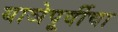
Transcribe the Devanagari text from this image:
याञेपूर्वीचा